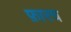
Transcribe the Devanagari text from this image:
फ़ारच